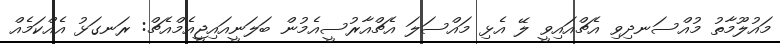
މައުލޫމާތު މުއްސަނދިވި އެޗްއައިވީ ލޭ އެޅި މައްސަލަ އެޗްއާރުސީއެމުން ބަލަނީއައިޖީއެމްއެޗް: ރަނގަޅު އެއްކަމެއް